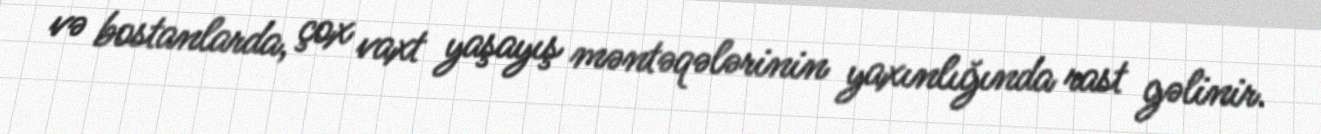
və bostanlarda, çox vaxt yaşayış məntəqələrinin yaxınlığında rast gəlinir.